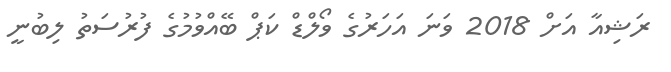
ރަޝިއާ އަށް 2018 ވަނަ އަހަރުގެ ވޯލްޑް ކަޕް ބޭއްވުމުގެ ފުރުސަތު ލިބުނީ